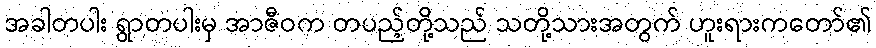
အခါတပါး ရွာတပါးမှ အာဇီဝက တပည့်တို့သည် သတို့သားအတွက် ဟူးရားကတော်၏